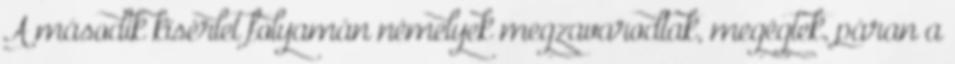
A második kísérlet folyamán némelyek megzavarodtak, megégtek, páran a